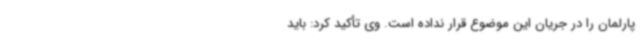
پارلمان را در جریان این موضوع قرار نداده است. وی تأکید کرد: باید